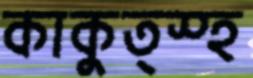
কাকুত্স্হ